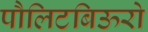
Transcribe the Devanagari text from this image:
पौलिटबिऊरो